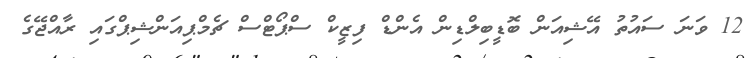
12 ވަނަ ސައުތު އޭޝިއަން ބޮޑީބިލްޑިން އެންޑް ފިޒީކް ސްޕޯޓްސް ޗެމްޕިއަންޝިޕްގައި ރާއްޖޭގެ